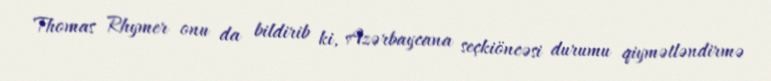
Thomas Rhymer onu da bildirib ki, Azərbaycana seçkiöncəsi durumu qiymətləndirmə